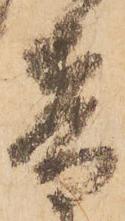
音